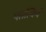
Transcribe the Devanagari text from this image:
पतत्वियं